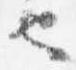
也